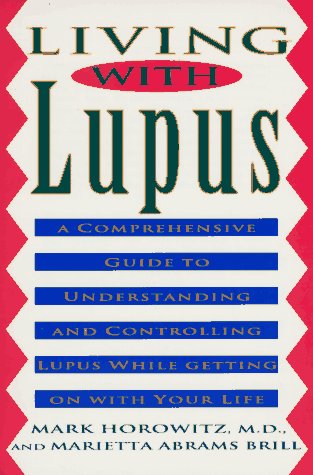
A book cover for Living with Lupus; Mark Horowitz; Health, Fitness & Dieting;